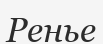
Ренье